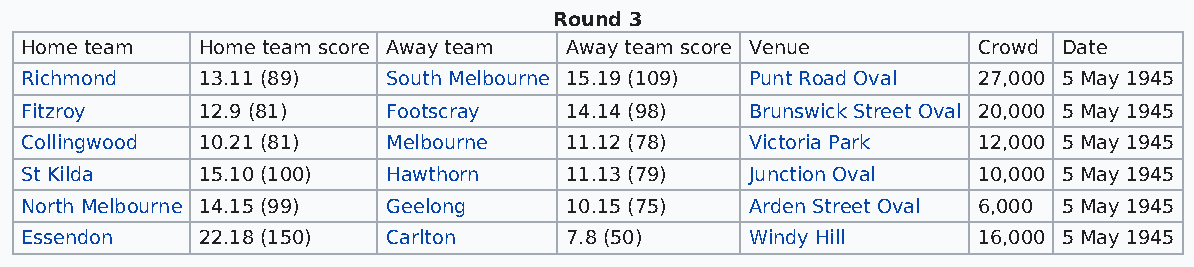
Round 3
 Home team   Home team score Away team Away team score Venue     Crowd Date
 Richmond    13.11 (89)   South Melbourne 15.19 (109) Punt Road Oval 27,000 5 May 1945
 Fitzroy     12.9 (81)    Footscray  14.14 (98)   Brunswick Street Oval 20,000 5 May 1945
 Collingwood 10.21 (81)   Melbourne  11.12 (78)   Victoria Park  12,000 5 May 1945
 St Kilda    15.10 (100)  Hawthorn   11.13 (79)   Junction Oval  10,000 5 May 1945
 North Melbourne 14.15 (99) Geelong  10.15 (75)   Arden Street Oval 6,000 5 May 1945
 Essendon    22.18 (150)  Carlton    7.8 (50)     Windy Hill     16,000 5 May 1945